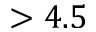
> 4 . 5